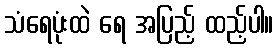
သံရေပုံးထဲ ရေ အပြည့် ထည့်ပါ။